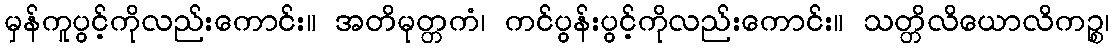
မှန်ကူပွင့်ကိုလည်းကောင်း။ အတိမုတ္တကံ၊ ကင်ပွန်းပွင့်ကိုလည်းကောင်း။ သတ္တိလိယောလိကဉ္စ၊